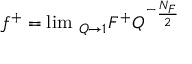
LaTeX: f ^ { + } = \operatorname * { l i m } \, _ { Q \rightarrow 1 } F ^ { + } Q ^ { ^ { - } \frac { N _ { F } } 2 }